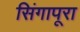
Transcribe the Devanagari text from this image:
सिंगापूरा